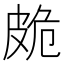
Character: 𭽩